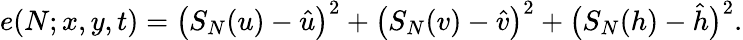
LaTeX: e(N;x,y,t)=\left(S_{N}(u)-\hat{u}\right)^{2}+\left(S_{N}(v)-\hat{v}\right)^{2}+\bigl(S_{N}(h)-\hat{h}\bigr)^{2}.